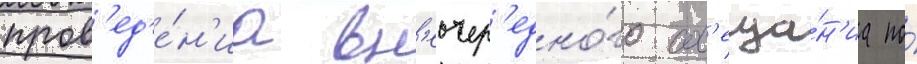
пров'ед'е́н'иа вн'еочер'едно́го сов'еща́н'иа по́